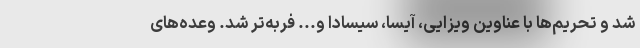
شد و تحریم‌ها با عناوین ویزایی، آیسا، سیسادا و... فربه‌تر شد. وعده‌های